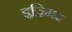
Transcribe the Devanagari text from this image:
इज़्मिर